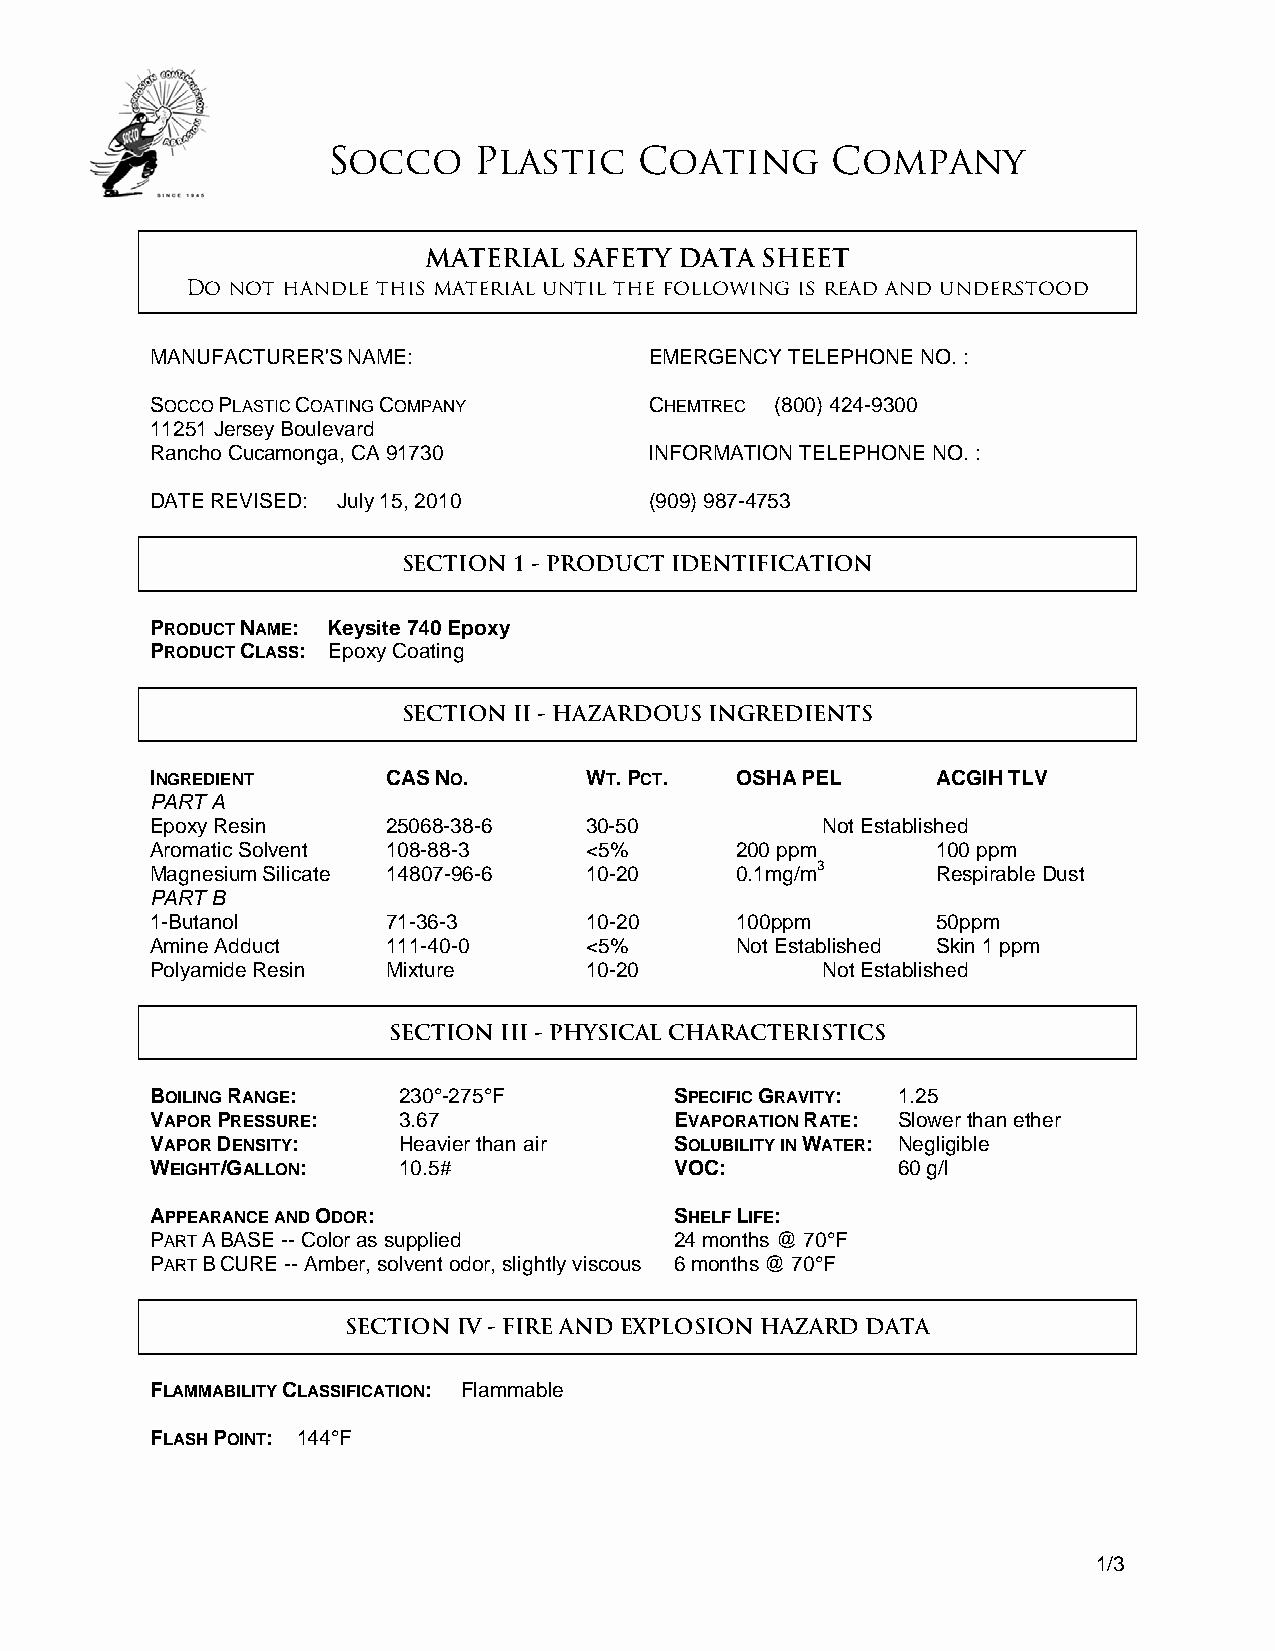
Socco    Plastic    Coating      Company
 MATERIAL  SAFETY DATA SHEET
 Do not handle this material until the following is read and understood
 MANUFACTURER'S NAME:             EMERGENCY TELEPHONE NO. :
 SOCCO PLASTIC COATING COMPANY C   HEMTREC (800) 424-9300
 11251 Jersey Boulevard
 Rancho Cucamonga, CA 91730       INFORMATION TELEPHONE NO. :
 DATE REVISED: July 15, 2010      (909) 987-4753
 SECTION 1 - PRODUCT IDENTIFICATION
 PRODUCT NAME: Keysite 740 Epoxy
 PRODUCT CLASS: Epoxy Coating
 SECTION II - HAZARDOUS INGREDIENTS
 INGREDIENT      CAS NO.      WT. PCT.  OSHA PEL     ACGIH TLV
 PART A
 Epoxy Resin     25068-38-6   30-50          Not Established
 Aromatic Solvent 108-88-3    <5%       200 ppm      100 ppm
 Magnesium Silicate 14807-96-6 10-20    0.1mg/m3     Respirable Dust
 PART B
 1-Butanol       71-36-3      10-20     100ppm       50ppm
 Amine Adduct    111-40-0     <5%       Not Established Skin 1 ppm
 Polyamide Resin Mixture      10-20          Not Established
 SECTION III - PHYSICAL CHARACTERISTICS
 BOILING RANGE:  230°-275°F         SPECIFIC GRAVITY: 1.25
 VAPOR PRESSURE: 3.67               EVAPORATION RATE: Slower than ether
 VAPOR DENSITY:  Heavier than air   SOLUBILITY IN WATER: Negligible
 WEIGHT/GALLON:  10.5#              VOC:          60 g/l
 APPEARANCE AND ODOR:               SHELF LIFE:
 PART A BASE -- Color as supplied   24 months @ 70°F
 PART B CURE -- Amber, solvent odor, slightly viscous 6 months @ 70°F
 SECTION IV - FIRE AND EXPLOSION HAZARD DATA
 FLAMMABILITY CLASSIFICATION: Flammable
 FLASH POINT: 144°F
 1/3